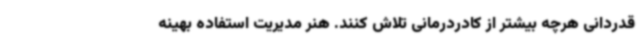
قدردانی هرچه بیشتر از کادردرمانی تلاش کنند. هنر مدیریت استفاده بهینه